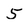
Character: 5